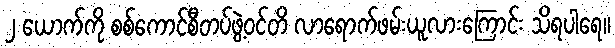
၂ ယောက်ကို စစ်ကောင်စီတပ်ဖွဲ့ဝင်တိ လာရောက်ဖမ်းယူလားကြောင်း သိရပါရေ။